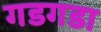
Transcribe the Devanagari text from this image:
गडगडा